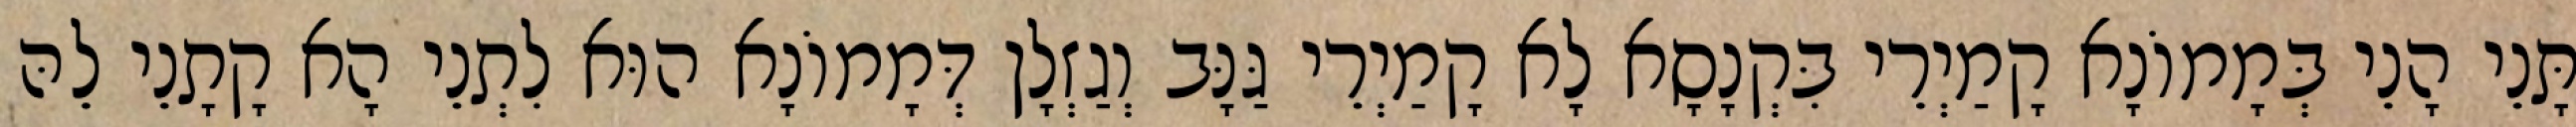
תָּנֵי הָנֵי בְּמָמוֹנָא קָמַיְרֵי בִּקְנָסָא לָא קָמַיְרֵי גַּנָּב וְגַזְלָן דְּמָמוֹנָא הוּא לִתְנֵי הָא קָתָנֵי לֵהּ